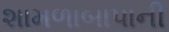
શામળાબાપાની